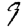
Digit: 9